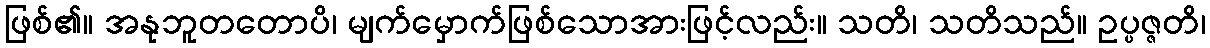
ဖြစ်၏။ အနုဘူတတောပိ၊ မျက်မှောက်ဖြစ်သောအားဖြင့်လည်း။ သတိ၊ သတိသည်။ ဥပ္ပဇ္ဇတိ၊